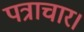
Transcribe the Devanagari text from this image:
पत्राचार।